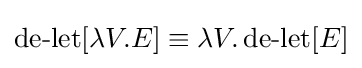
\operatorname {de-let} [\lambda V.E]\equiv \lambda V.\operatorname {de-let} [E]